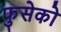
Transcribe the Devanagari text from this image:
फुसेको